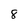
Character: 8